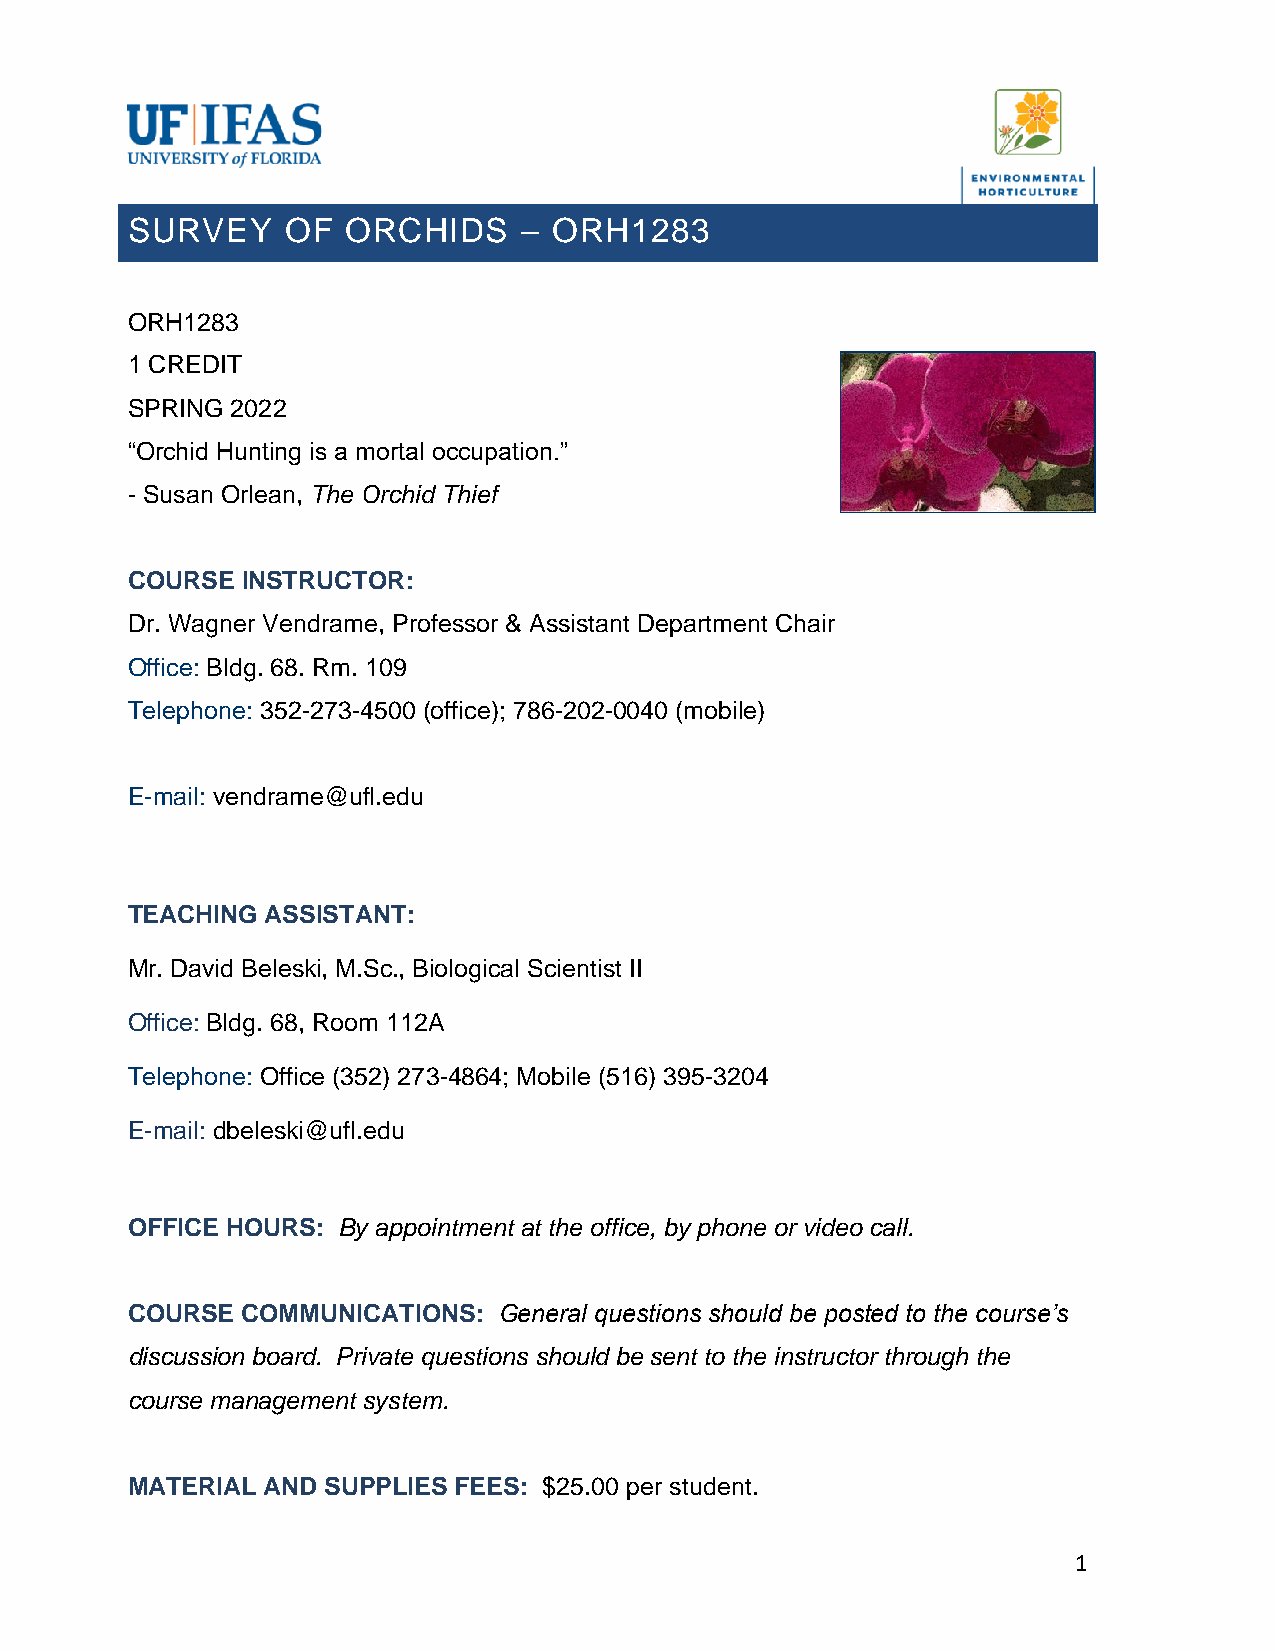
SURVEY     OF  ORCHIDS    –  ORH1283
 ORH1283
 1 CREDIT
 SPRING 2022
 “Orchid Hunting is a mortal occupation.”
 - Susan Orlean, The Orchid Thief
 COURSE  INSTRUCTOR:
 Dr. Wagner Vendrame, Professor & Assistant Department Chair
 Office: Bldg. 68. Rm. 109
 Telephone: 352-273-4500 (office); 786-202-0040 (mobile)
 E-mail: vendrame@ufl.edu
 TEACHING  ASSISTANT:
 Mr. David Beleski, M.Sc., Biological Scientist II
 Office: Bldg. 68, Room 112A
 Telephone: Office (352) 273-4864; Mobile (516) 395-3204
 E-mail: dbeleski@ufl.edu
 OFFICE HOURS: By appointment at the office, by phone or video call.
 COURSE  COMMUNICATIONS:  General questions should be posted to the course’s
 discussion board. Private questions should be sent to the instructor through the
 course management system.
 MATERIAL AND  SUPPLIES FEES: $25.00 per student.
 1